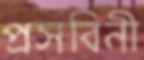
প্রসবিনী